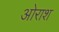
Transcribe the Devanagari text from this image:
ओराश